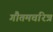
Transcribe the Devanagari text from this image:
गौतमचरित्र